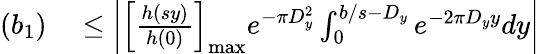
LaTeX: \begin{array}{rl}{(b_{1})}&{{}\leq\left|\left[{\frac{h(sy)}{h(0)}}\right]_{\operatorname*{max}}e^{-\pi D_{y}^{2}}\int_{0}^{b/s-D_{y}}e^{-2\pi D_{y}y}dy\right|}\end{array}